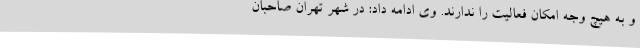
و به هیچ وجه امکان فعالیت را ندارند. وی ادامه داد: در شهر تهران صاحبان